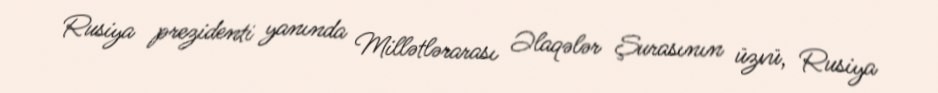
Rusiya prezidenti yanında Millətlərarası Əlaqələr Şurasının üzvü, Rusiya